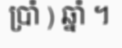
ប្រាំ ) ឆ្នាំ ។